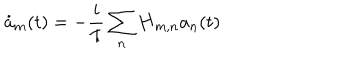
\dot { a } _ { m } ( t ) = - \frac i \hbar \sum _ { n } { \bf H } _ { m , n } a _ { n } ( t )